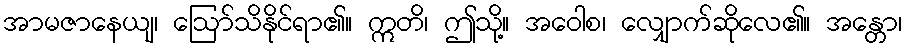
အာမဇာနေယျ၊ ဩော်သိနိုင်ရာ၏။ ဣတိ၊ ဤသို့။ အဝေါစ၊ လျှောက်ဆိုလေ၏။ အန္တော၊